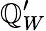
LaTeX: \mathbb{Q}_{W}^{\prime}